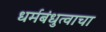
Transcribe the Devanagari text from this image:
धर्मबंधुत्वाचा